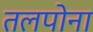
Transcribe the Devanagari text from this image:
तलपोना